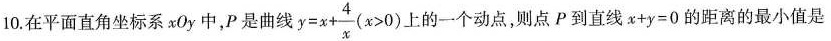
10.在平面直角坐标系xOy中，P是曲线$$y=x+ \frac{4}{x}(x>0)$$上的一个动点，则点P到直线$$x+y=0$$的距离的最小值是